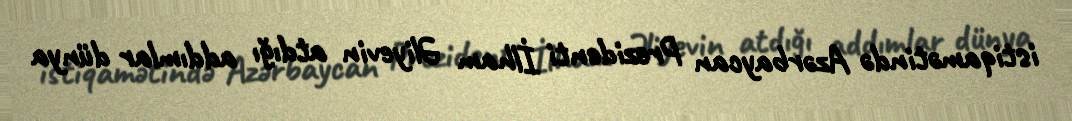
istiqamətində Azərbaycan Prezidenti İlham Əliyevin atdığı addımlar dünya